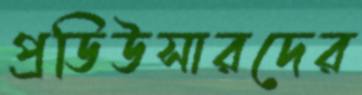
প্রডিউসারদের